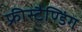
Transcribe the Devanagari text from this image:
फ्रीस्टैण्डिंग